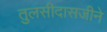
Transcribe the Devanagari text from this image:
तुलसीदासजीने